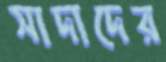
সাদাদের